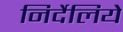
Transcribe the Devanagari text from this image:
निर्देलिये